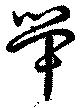
斝